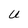
Character: U